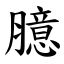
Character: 臆